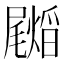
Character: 𭕺